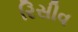
રિસીવ